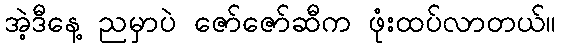
အဲ့ဒီနေ့ ညမှာပဲ ဇော်ဇော်ဆီက ဖုံးထပ်လာတယ်။